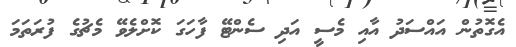
އެގޮތުން އައްސަދު އާއި މެސީ އަދި ސެންޓޭ ފާހަގަ ކޮށްލެވޭ މެޗުގެ ފުރަތަމަ